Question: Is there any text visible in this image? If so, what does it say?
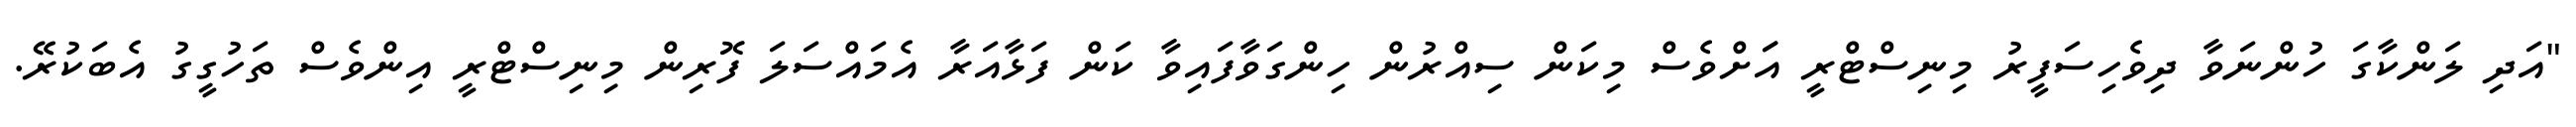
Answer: "އަދި ލަންކާގަ ހުންނަވާ ދިވެހިސަފީރު މިނިސްޓްރީ އަަށްވެސް މިކަން ސިއްރުން ހިންގަވާފައިވާ ކަން ފަޅާއަރާ އެމައްސަލަ ފޮރިން މިނިސްޓްރީ އިންވެސް ތަހުގީގު އެބަކުރޭ.